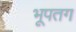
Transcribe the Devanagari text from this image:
भूपतग